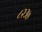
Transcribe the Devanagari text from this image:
८२३७